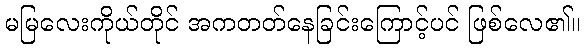
မမြလေးကိုယ်တိုင် အကတတ်နေခြင်းကြောင့်ပင် ဖြစ်လေ၏။